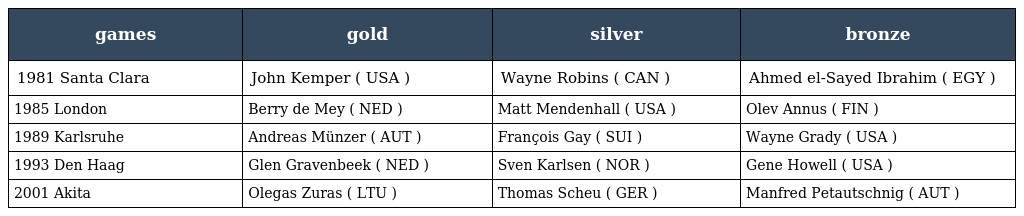
| games | gold | silver | bronze |
 | --- | --- | --- | --- |
 | 1981 Santa Clara | John Kemper ( USA ) | Wayne Robins ( CAN ) | Ahmed el-Sayed Ibrahim ( EGY ) |
 | 1985 London | Berry de Mey ( NED ) | Matt Mendenhall ( USA ) | Olev Annus ( FIN ) |
 | 1989 Karlsruhe | Andreas Münzer ( AUT ) | François Gay ( SUI ) | Wayne Grady ( USA ) |
 | 1993 Den Haag | Glen Gravenbeek ( NED ) | Sven Karlsen ( NOR ) | Gene Howell ( USA ) |
 | 2001 Akita | Olegas Zuras ( LTU ) | Thomas Scheu ( GER ) | Manfred Petautschnig ( AUT ) |